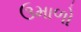
ઉમાળો